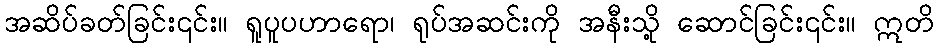
အဆိပ်ခတ်ခြင်း၎င်း။ ရူပူပဟာရော၊ ရုပ်အဆင်းကို အနီးသို့ ဆောင်ခြင်း၎င်း။ ဣတိ